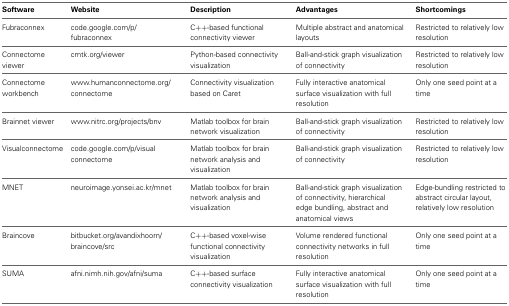
| Software | Website | Description | Advantages | Shortcomings |
 | --- | --- | --- | --- | --- |
 | Fubraconnex | code.google.com/p/fubraconnex | C++-based functional connectivity viewer | Multiple abstract and anatomical layouts | Restricted to relatively low resolution |
 | Connectome viewer | cmtk.org/viewer | Python-based connectivity visualization | Ball-and-stick graph visualization of connectivity | Restricted to relatively low resolution |
 | Connectome workbench | www.humanconnectome.org/connectome | Connectivity visualization based on Caret | Fully interactive anatomical surface visualization with full resolution | Only one seed point at a time |
 | Brainnet viewer | www.nitrc.org/projects/bnv | Matlab toolbox for brain network visualization | Ball-and-stick graph visualization of connectivity | Restricted to relatively low resolution |
 | Visualconnectome | code.google.com/p/visualconnectome | Matlab toolbox for brain network analysis and visualization | Ball-and-stick graph visualization of connectivity | Restricted to relatively low resolution |
 | MNET | neuroimage.yonsei.ac.kr/mnet | Matlab toolbox for brain network analysis and visualization | Ball-and-stick graph visualization of connectivity, hierarchical edge bundling, abstract and anatomical views | Edge-bundling restricted to abstract circular layout, relatively low resolution |
 | Braincove | bitbucket.org/avandixhoorn/braincove/src | C++-based voxel-wise functional connectivity visualization | Volume rendered functional connectivity networks in full resolution | Only one seed point at a time |
 | SUMA | afni.nimh.nih.gov/afni/suma | C++-based surface connectivity visualization | Fully interactive anatomical surface visualization with full resolution | Only one seed point at a time |